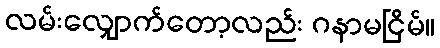
လမ်းလျှောက်တော့လည်း ဂနာမငြိမ်။